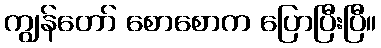
ကျွန်တော် စောစောက ပြောပြီးပြီ။